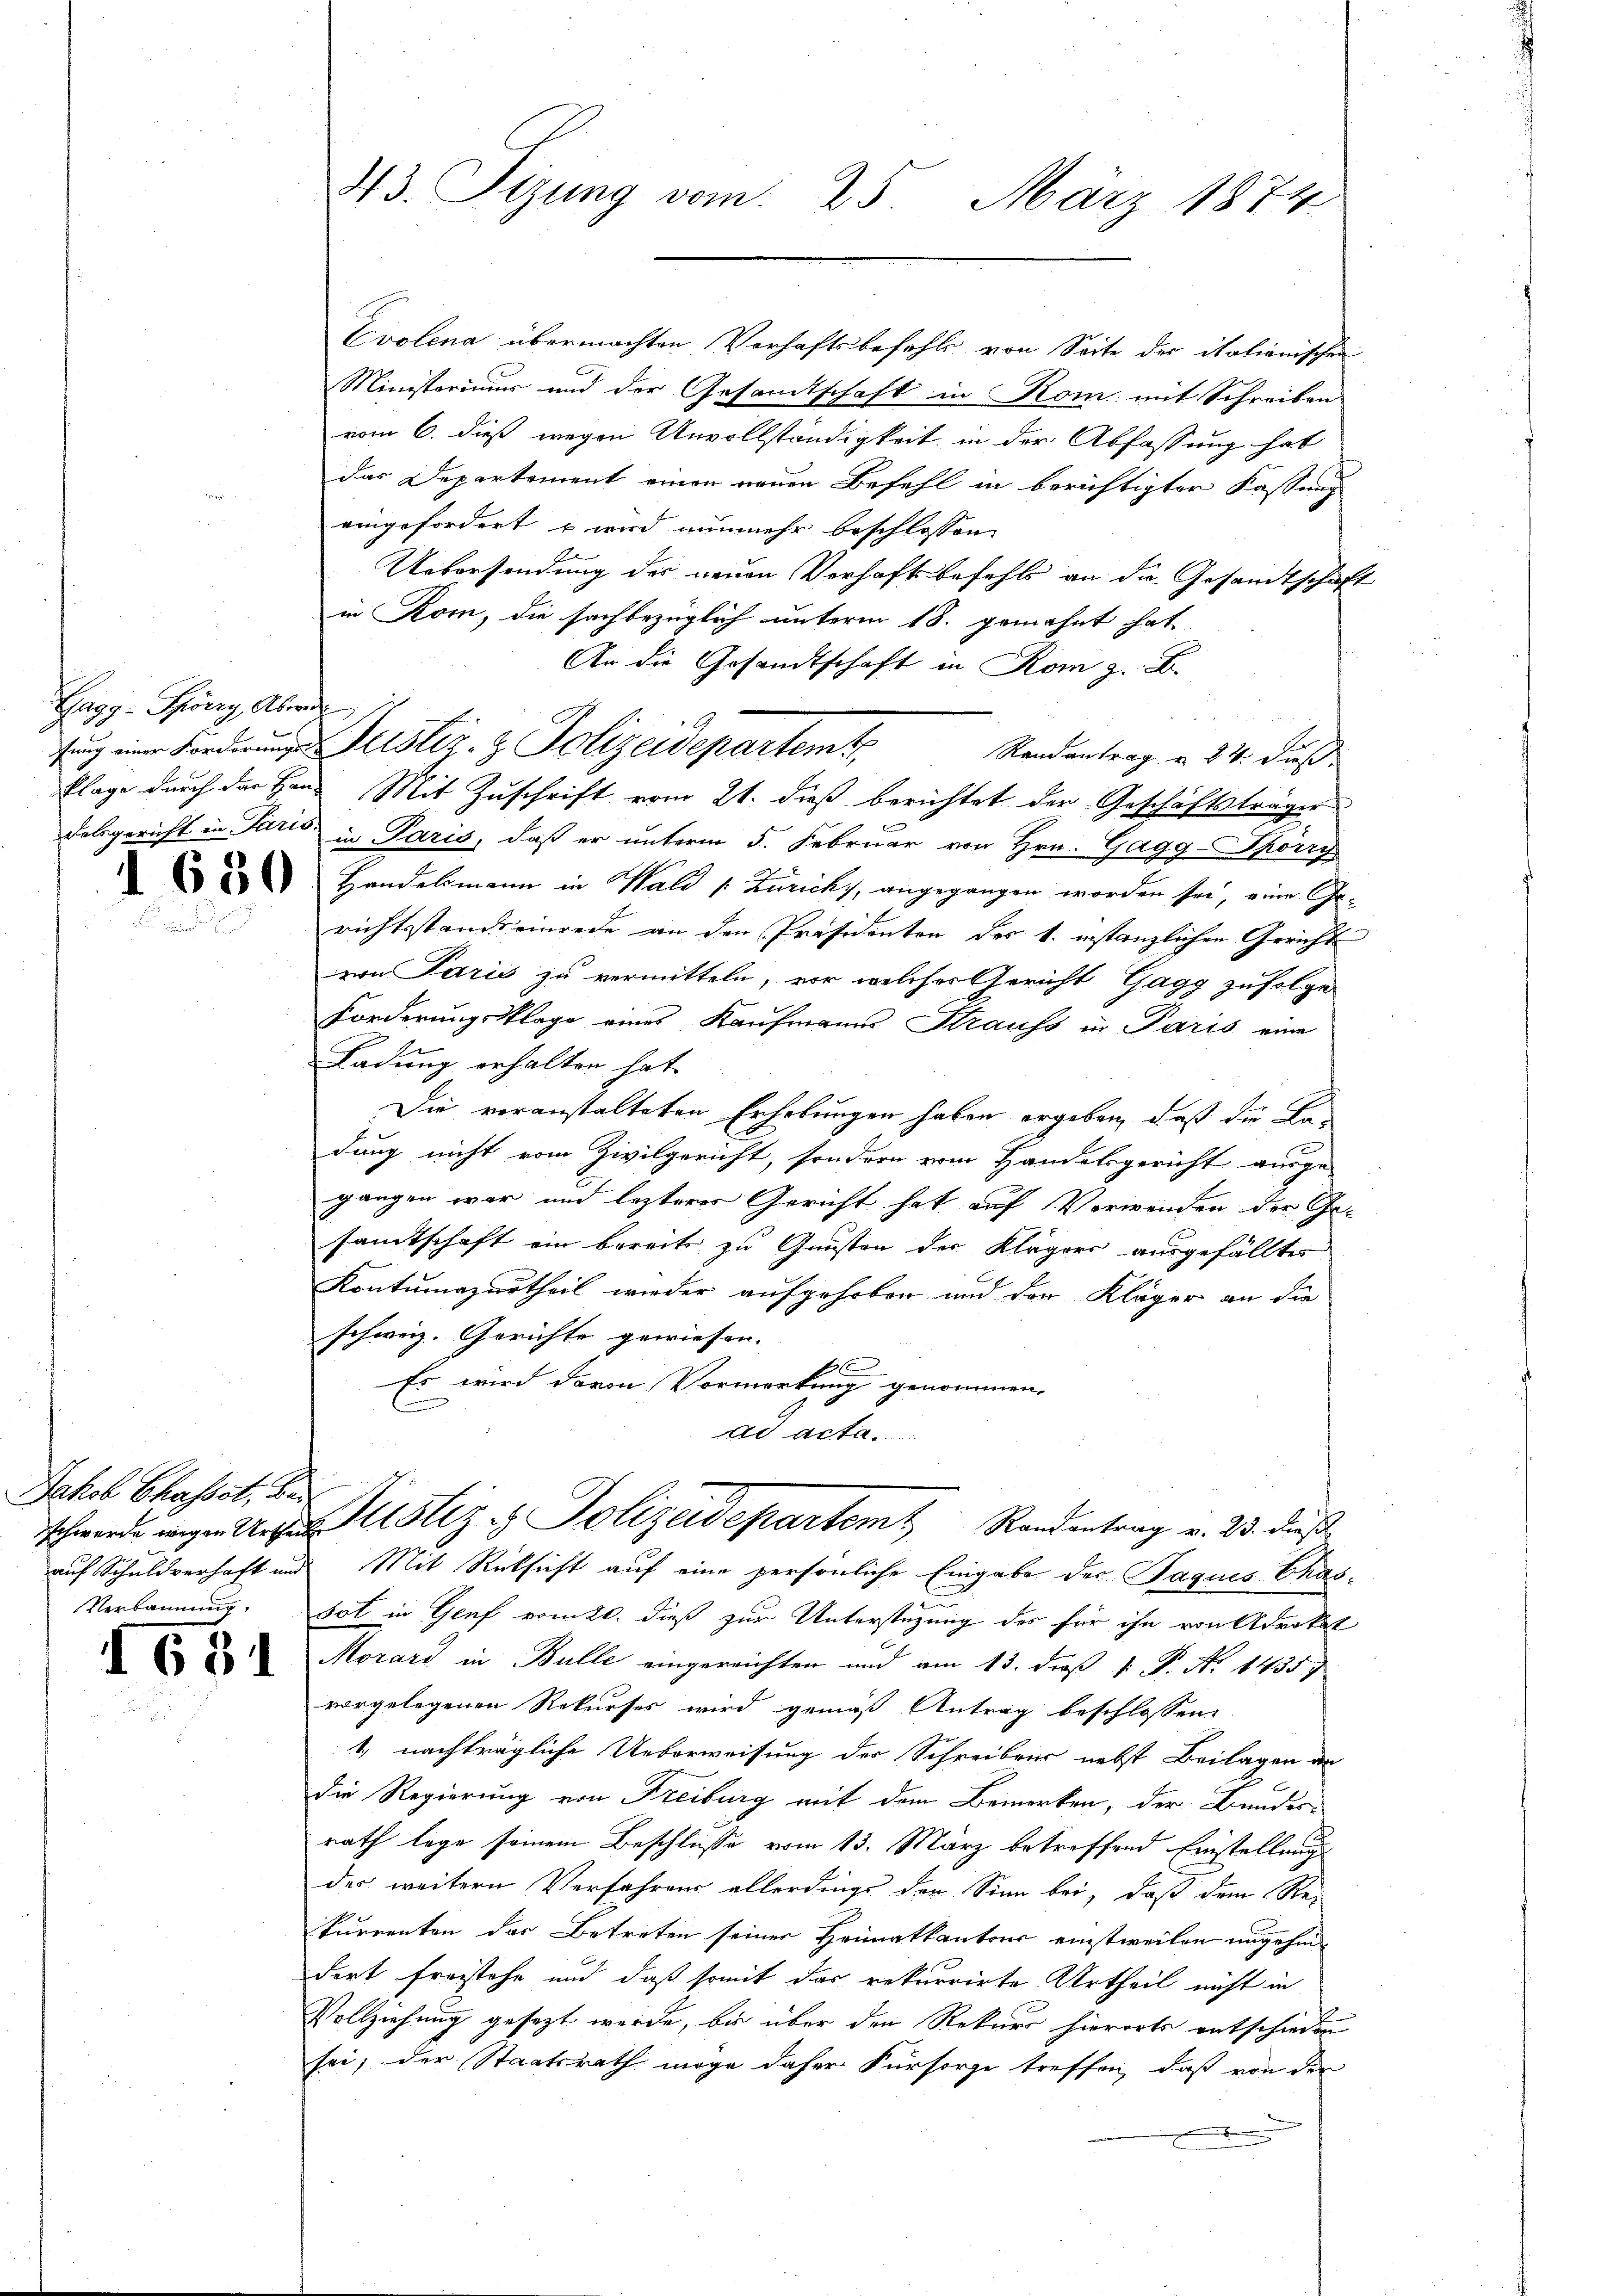
Gagg-Schörry, Abende

.

1 650

Jakob Chasset, bei
Verbannung.

1651

Evolena übermachten Verhaftsbefehls von Seite der italienischen
Ministeriums und der Gesandtschaft in Kom mit Schreiben
vom 6. dieß wegen Unvollständigkeit, in der Abfassung hat
das Departement einen neuen Befehl in berichtigter Kassung
eingefordert, u wird nunmehr beschlossen:
Uebersendung des neuen Verhaft befehls an die Gesandtschaft
in Rom, die sachbezüglich unterm 18. gemahnt hat
An die Gesandtschaft in Rom z. B.
fung eine Forderung Justiz- & Polizeidepartemt.
Randantrag u. 24. dieß
flage durch der Hand Mit Zuschrift vom 21. dieß berichtet der Geschäftsträger
delsgericht in Paris in Paris, daß er unterm 5. Februar von Hrn. Gagg-Sporry
Handelsmann in Wald [Zürich, angegangen worden sei, eine Ge-
richtsstands einrede an den Präsidenten des 1. instanzlichen Gericht
von Paris zu vermitteln, vor welcher Gericht Gagg zufolge
Forderungsklage eines Kaufmanns Straufs in Paris eine
Ladung erhalten hat.
Die voranstalteten Erhebungen haben ergeben, daß die Fadung nicht vom Zivilgericht, sondern vom Handelsgericht ausge-
gangen war und lezteres Gericht hat auf Verwenden der Ge-
samtschaft ein bereits zu Gunsten der Klägers ausgefällten
Kontumazurtheil wieder aufgehoben und den Kläger an die
schweiz. Gerichte gewiesen.
Es wird davon Vormerkung genommen.
ad acta.
schwerde eigen Urzustiz & Polizeidepartem Randantrag v. 23. dieß
auf Schuldverhaft und Mit Rücksicht auf eine persönliche Eingabe der Paques Chassot in Genf vom 20. dieß zur Unterstüzung des für ihn von Advokat
Morard in Bulle eingereichten und am 13. daß 1. P. N. 1435
vorgelegenen Rekurses wird gemäß Antrag beschlossen
1. nachträgliche Ueberweisung der Schreibens nebst Beilagen an
die Regierung von Freiburg mit dem Bemerken, der Bundesrath lege seinem Beschlusse vom 13. März betreffend Einstellung
der weitern Verfahrens allerdings der Sinn bei, daß dem Re-
kurrenten der Betreten seiner Heimatkantons einstweilen ungehin
dert freistehe und daß somit das rekurrirte Urtheil nicht in
Vollziehung gesezt werde, bis über den Rekurs hierorts entschieden
sei; der Staatsrath möge daher Fürsorge treffen, daß von der
.

43. Sizung vom 25. März 1874.